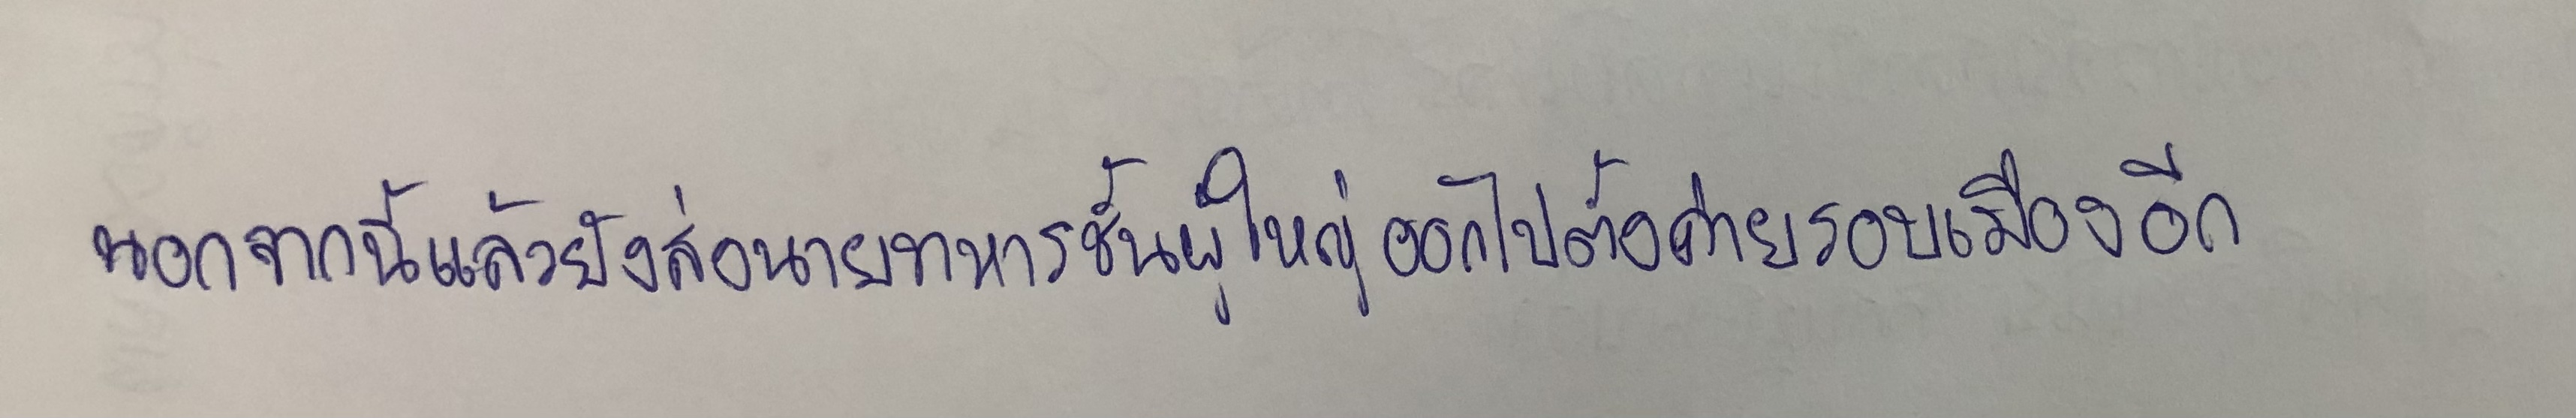
นอกจากนี้แล้วยังส่งนายทหารชั้นผู้ใหญ่ออกไปตั้งค่ายรอบเมืองอีก